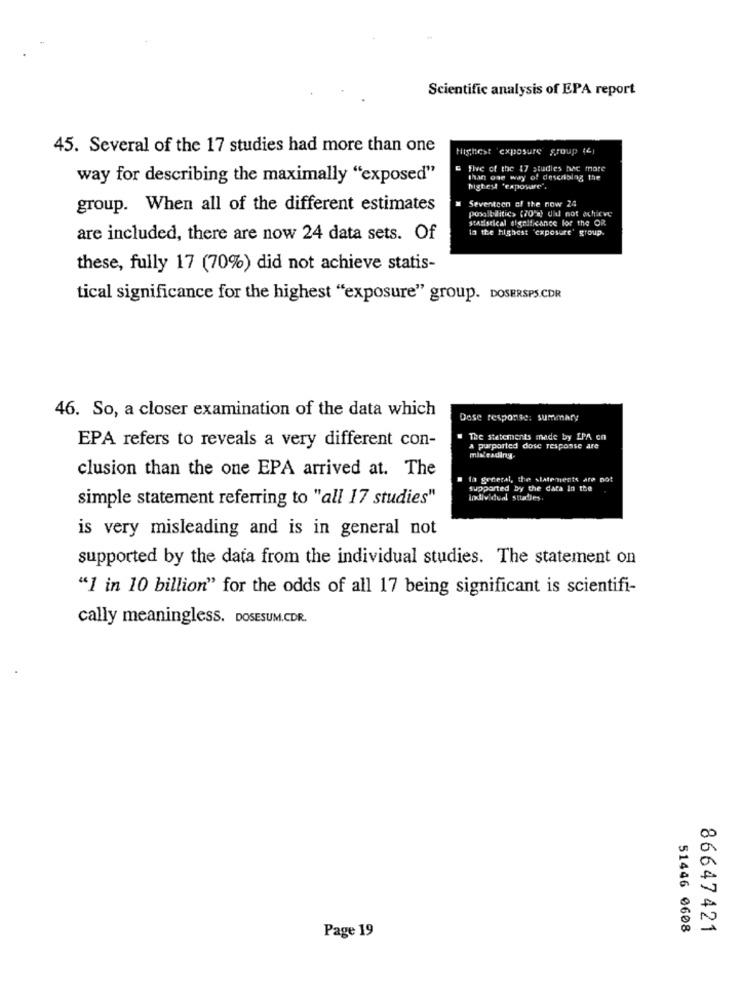
Scientific analysis of EPA report
45. Several of the 17 studies had more than one
Highest 'exposure group (6)
five of the 17 studies hac more
way for describing the maximally "exposed"
than one way of describlag the
highest 'exposure'.
# Seventeen of the now 24
group. When all of the different estimates
possibilities (70"a) did not achieve
statistical significance for the OR
la the highest "exposure' group.
are included, there are now 24 data sets. Of
these, fully 17 (70%) did not achieve statis-
tical significance for the highest "exposure" group. DOSERSPS.CDR
46. So, a closer examination of the data which
Dose response: summary
" The statements made by EPA en
EPA refers to reveals a very different con-
a purported dose response are
misleading-
clusion than the one EPA arrived at. The
la general, the statements are not
Supported by the data In the
simple statement referring to "all 17 studies"
Individual staley.
is very misleading and is in general not
supported by the data from the individual studies. The statement on
"1 in 10 billion" for the odds of all 17 being significant is scientifi-
cally meaningless. DOSESUM.CDR.
Page 19
51446 0608
86647421